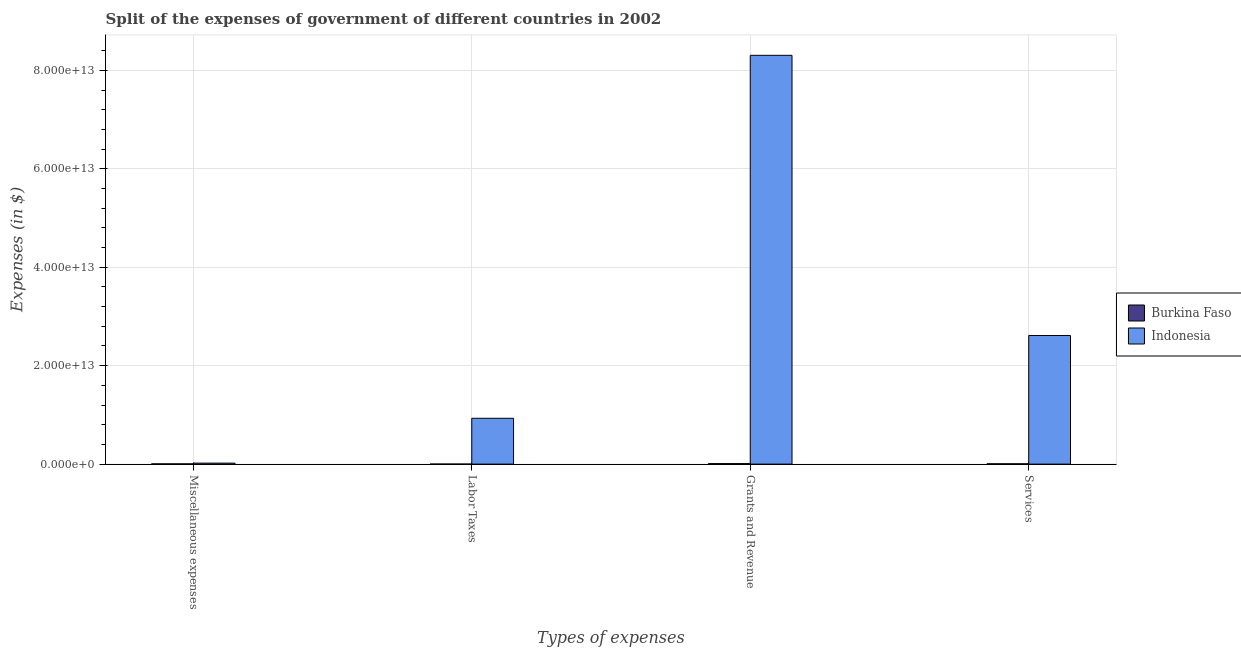
| Types of expenses | Burkina Faso | Indonesia |
 | --- | --- | --- |
 | Miscellaneous expenses | 4.83e+10 | 2.01e+11 |
 | Labor Taxes | 6.63e+09 | 9.31e+12 |
 | Grants and Revenue | 1.06e+11 | 8.31e+13 |
 | Services | 6.25e+10 | 2.61e+13 |